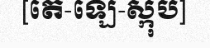
[តេ-ឡេ-ស្កុប]